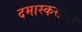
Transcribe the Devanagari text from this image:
दमास्कसला